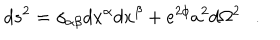
d s ^ { 2 } = \gamma _ { \alpha \beta } d x ^ { \alpha } d x ^ { \beta } + e ^ { 2 \phi } a ^ { 2 } d \Omega ^ { 2 } .